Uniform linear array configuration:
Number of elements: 48
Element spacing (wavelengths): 0.75
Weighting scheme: cosine
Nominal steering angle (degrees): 60
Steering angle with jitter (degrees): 58.019
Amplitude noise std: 0.05
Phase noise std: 0.05

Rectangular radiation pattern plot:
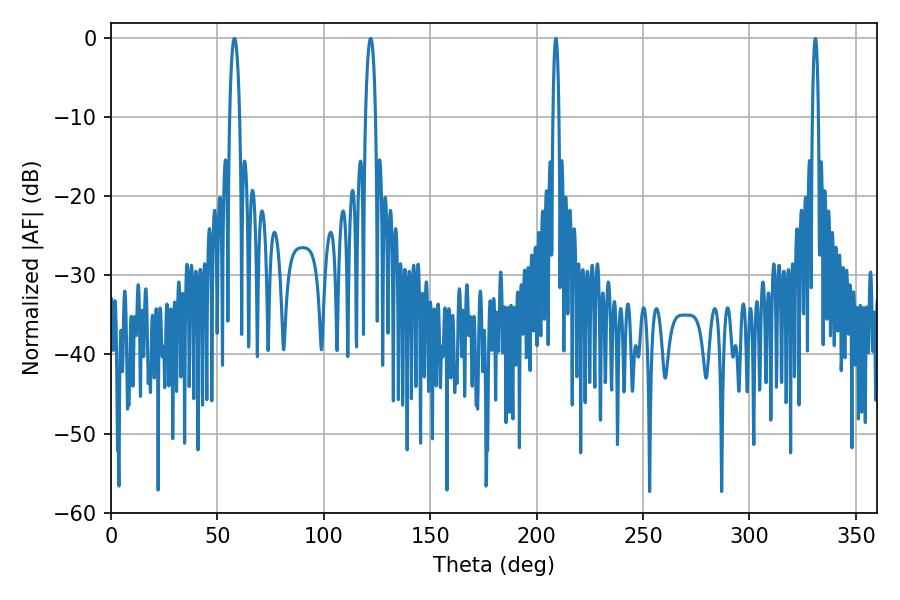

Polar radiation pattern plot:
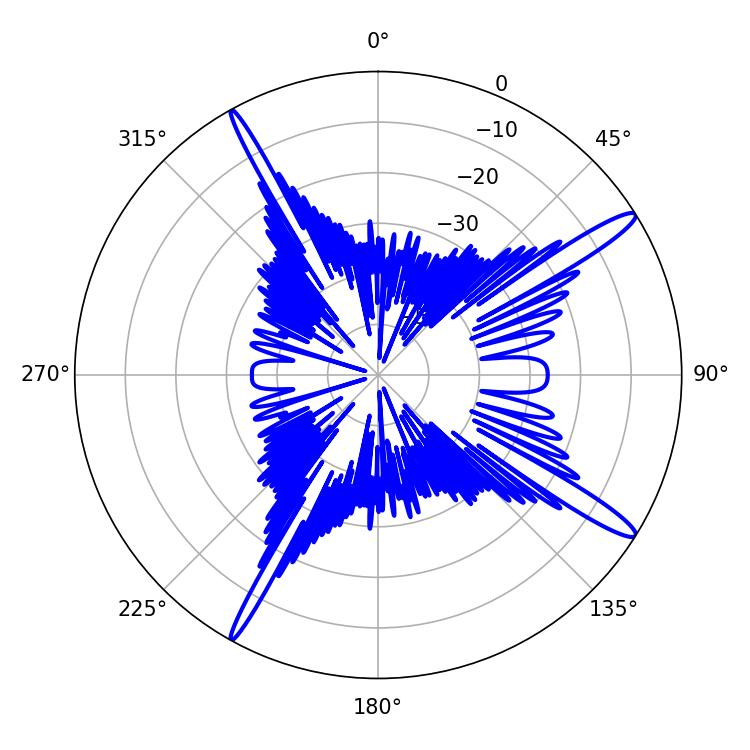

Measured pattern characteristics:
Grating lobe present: TRUE
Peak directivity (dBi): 15.304
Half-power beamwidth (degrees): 2.7
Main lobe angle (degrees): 57.96